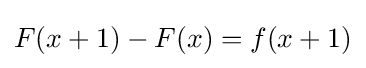
F(x+1)-F(x)=f(x+1)